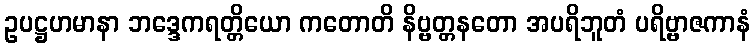
ဥပဋ္ဌဟမာနာ ဘဒ္ဒေကရတ္တိယော ကတောတိ နိဗ္ဗတ္တနတော အပရိဘူတံ ပရိဗ္ဗာဇကာနံ